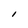
Character: l